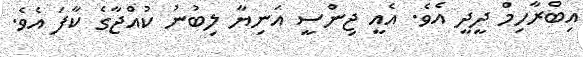
އިބްރާހިމް ދީދީ އެވެ. އެއީ ޖިންސީ އަނިޔާ ލިބުނު ކުއްޖާގެ ކާފަ އެވެ.